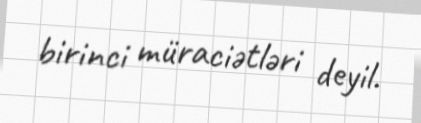
birinci müraciətləri deyil.